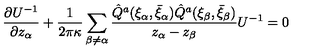
\frac { \partial U ^ { - 1 } } { \partial z _ { \alpha } } + \frac { 1 } { 2 \pi \kappa } \sum _ { \beta \neq \alpha } \frac { \hat { Q } ^ { a } ( \xi _ { \alpha } , \bar { \xi } _ { \alpha } ) \hat { Q } ^ { a } ( \xi _ { \beta } , \bar { \xi } _ { \beta } ) } { z _ { \alpha } - z _ { \beta } } U ^ { - 1 } = 0